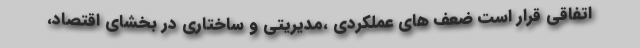
اتفاقی قرار است ضعف های عملکردی ،مدیریتی و ساختاری در بخشای اقتصاد،